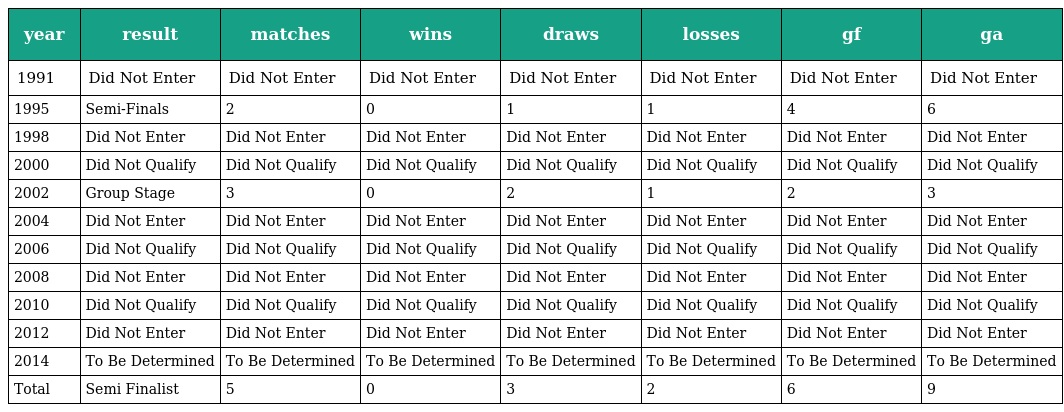
| year | result | matches | wins | draws | losses | gf | ga |
 | --- | --- | --- | --- | --- | --- | --- | --- |
 | 1991 | Did Not Enter | Did Not Enter | Did Not Enter | Did Not Enter | Did Not Enter | Did Not Enter | Did Not Enter |
 | 1995 | Semi-Finals | 2 | 0 | 1 | 1 | 4 | 6 |
 | 1998 | Did Not Enter | Did Not Enter | Did Not Enter | Did Not Enter | Did Not Enter | Did Not Enter | Did Not Enter |
 | 2000 | Did Not Qualify | Did Not Qualify | Did Not Qualify | Did Not Qualify | Did Not Qualify | Did Not Qualify | Did Not Qualify |
 | 2002 | Group Stage | 3 | 0 | 2 | 1 | 2 | 3 |
 | 2004 | Did Not Enter | Did Not Enter | Did Not Enter | Did Not Enter | Did Not Enter | Did Not Enter | Did Not Enter |
 | 2006 | Did Not Qualify | Did Not Qualify | Did Not Qualify | Did Not Qualify | Did Not Qualify | Did Not Qualify | Did Not Qualify |
 | 2008 | Did Not Enter | Did Not Enter | Did Not Enter | Did Not Enter | Did Not Enter | Did Not Enter | Did Not Enter |
 | 2010 | Did Not Qualify | Did Not Qualify | Did Not Qualify | Did Not Qualify | Did Not Qualify | Did Not Qualify | Did Not Qualify |
 | 2012 | Did Not Enter | Did Not Enter | Did Not Enter | Did Not Enter | Did Not Enter | Did Not Enter | Did Not Enter |
 | 2014 | To Be Determined | To Be Determined | To Be Determined | To Be Determined | To Be Determined | To Be Determined | To Be Determined |
 | Total | Semi Finalist | 5 | 0 | 3 | 2 | 6 | 9 |